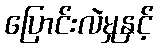
ပြောင်းလဲမှုနှင့်